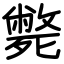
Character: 斃